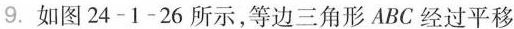
9. 如图24-1-26所示，等边三角形ABC经过平移